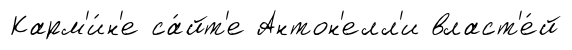
Карм'и́н'е са́йт'е Антон'елл'и власт'е́й